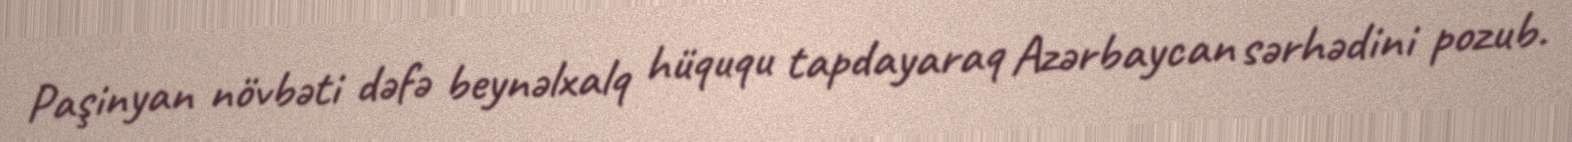
Paşinyan növbəti dəfə beynəlxalq hüququ tapdayaraq Azərbaycan sərhədini pozub.